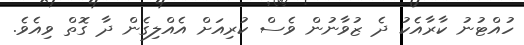
ހުއްޓުނު ކާރާއެކު ދެ ޒުވާނުން ވެސް ކުރިއަށް އެއްލިގެން ދާ ގޮތް ވިއެވެ.